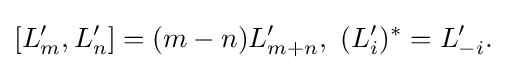
\displaystyle {[L_{m}^{\prime },L_{n}^{\prime }]=(m-n)L_{m+n}^{\prime },\,\,(L_{i}^{\prime })^{*}=L_{-i}^{\prime }.}